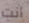
أنت